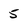
Character: 5